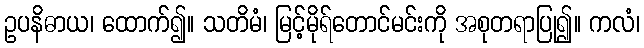
ဥပနိဓာယ၊ ထောက်၍။ သတိမံ၊ မြင့်မိုရ်တောင်မင်းကို အစုတရာပြု၍။ ကလံ၊